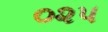
૦૨૫